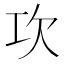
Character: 𣢈